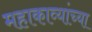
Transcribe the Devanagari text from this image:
महाकाव्यांच्या